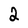
Character: 2